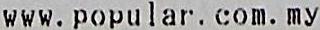
WWW.POPULAR.COM.MY